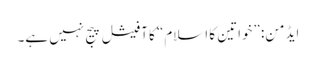
ایڈمن: ”خواتین کا اسلام“ کا آفیشل پیج نہیں ہے۔